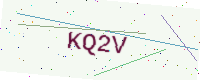
Text: KQ2V